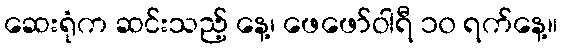
ဆေးရုံက ဆင်းသည့် နေ့၊ ဖေဖော်ဝါရီ ၁၀ ရက်နေ့။